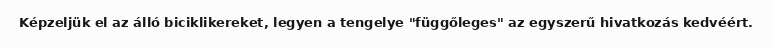
Képzeljük el az álló biciklikereket, legyen a tengelye "függőleges" az egyszerű hivatkozás kedvéért.